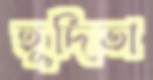
হূদিতা